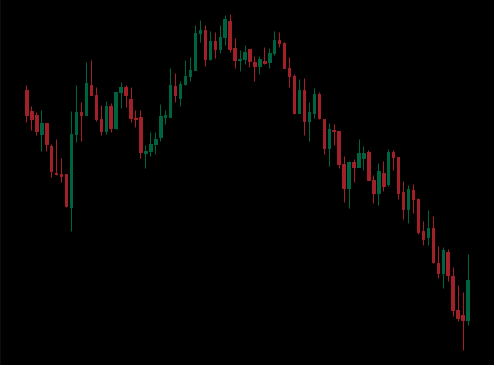
Pattern: unclassified